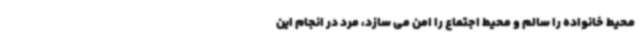
محیط خانواده را سالم و محیط اجتماع را امن می سازد، مرد در انجام این